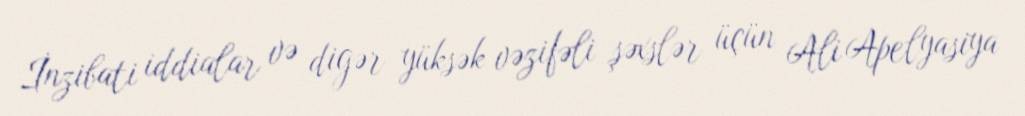
İnzibati iddialar və digər yüksək vəzifəli şəxslər üçün Ali Apelyasiya